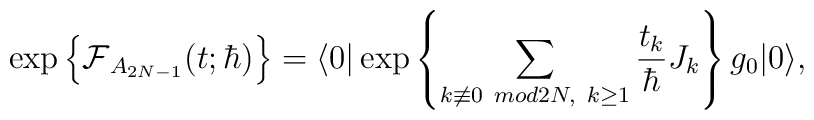
\exp \left\{        \mbox{$\cal{F}$}_{A_{2N-1}}                       (t ; \hbar) \right \}=\langle 0 |    \exp \left\{       \sum_{ k \not\equiv  0 ~mod2N ,~ k \geq 1}            \frac{t_k}{\hbar}J_k                                 \right\} g_0| 0 \rangle ,